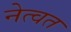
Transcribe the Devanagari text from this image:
नेत्वत